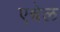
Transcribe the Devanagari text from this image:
एश्वेल